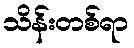
သိန်းတစ်ရာ